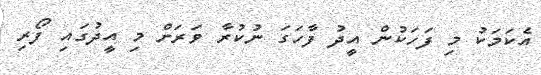
އެކަމަކު މި ފަހަކުން އީދު ފާހަގަ ނުކުރާ ވަރަށް މި އީދުގައި ފޯރި